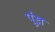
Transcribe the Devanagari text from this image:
पूंख